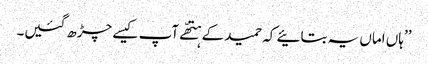
’’ہاں اماں یہ بتائیے کہ حمید کے ہتھّے آپ کیسے چڑھ گئیں۔